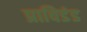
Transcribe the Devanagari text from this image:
प्राविडंड